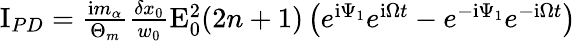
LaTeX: \begin{array}{r}{\mathrm{I}_{PD}=\frac{\mathrm{i}m_{\alpha}}{\Theta_{m}}\frac{\delta x_{0}}{w_{0}}\mathrm{E}_{0}^{2}(2n+1)\left(e^{\mathrm{i}\Psi_{1}}e^{\mathrm{i}\Omega t}-e^{-\mathrm{i}\Psi_{1}}e^{-\mathrm{i}\Omega t}\right)}\end{array}